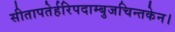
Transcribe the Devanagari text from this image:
सीतापतेर्हरिपदाम्बुजचिन्तकेन।